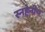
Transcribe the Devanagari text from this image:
स्नहेनीय